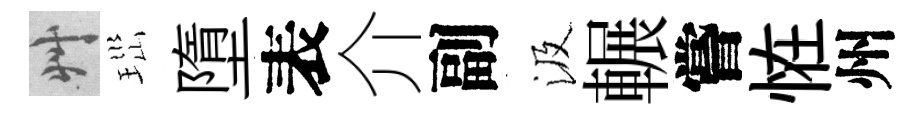
艸𤤼墮表介副汲輾嘗恠州